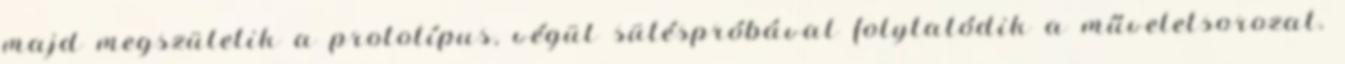
majd megszületik a prototípus, végül sütéspróbával folytatódik a műveletsorozat.